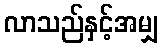
လာသည်နှင့်အမျှ